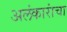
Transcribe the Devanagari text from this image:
अलंकारांचा